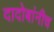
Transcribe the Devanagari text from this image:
दादोबांनीच